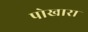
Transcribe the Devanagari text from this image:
पोखारा